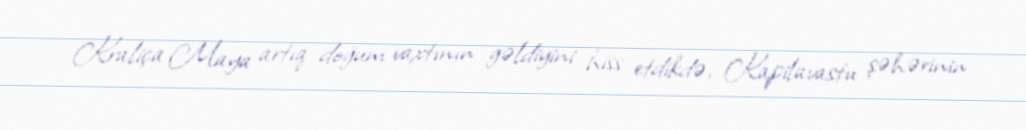
Kraliça Maya artıq doğum vaxtının gəldiyini hiss etdikdə, Kapilavastu şəhərinin